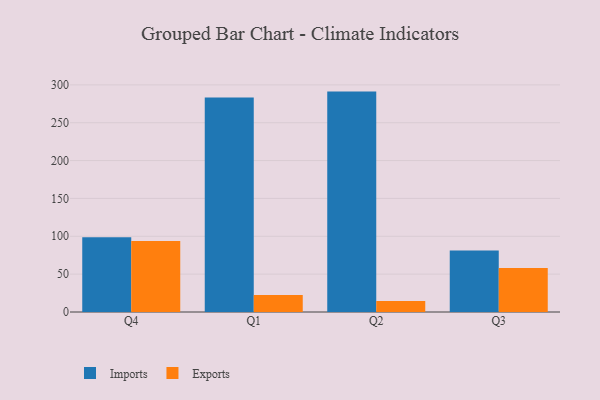
{"axis": {"x": "Quarter", "y": "Gross Profit (USD K)"}, "legend": ["Exports", "Imports"], "data": [{"x": "Q4", "y": 98.7, "type": "Imports"}, {"x": "Q4", "y": 93.8, "type": "Exports"}, {"x": "Q1", "y": 283.4, "type": "Imports"}, {"x": "Q1", "y": 22.6, "type": "Exports"}, {"x": "Q2", "y": 291.1, "type": "Imports"}, {"x": "Q2", "y": 14.4, "type": "Exports"}, {"x": "Q3", "y": 81.3, "type": "Imports"}, {"x": "Q3", "y": 58.2, "type": "Exports"}]}